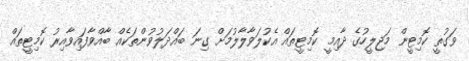
ވަގުތީ ކޮމިޓީން މަޖިލީހުގެ ދާއިމީ ކޮމިޓީތައް އެކުލަވާލާލުމަށް ގިނަ ބައްދަލުވުންތަކެއް ބާއްވާފައިވާއިރު ކޮމިޓީތައް